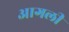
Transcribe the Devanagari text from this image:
आगली